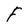
Character: F